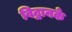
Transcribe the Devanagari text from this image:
विद्वानके